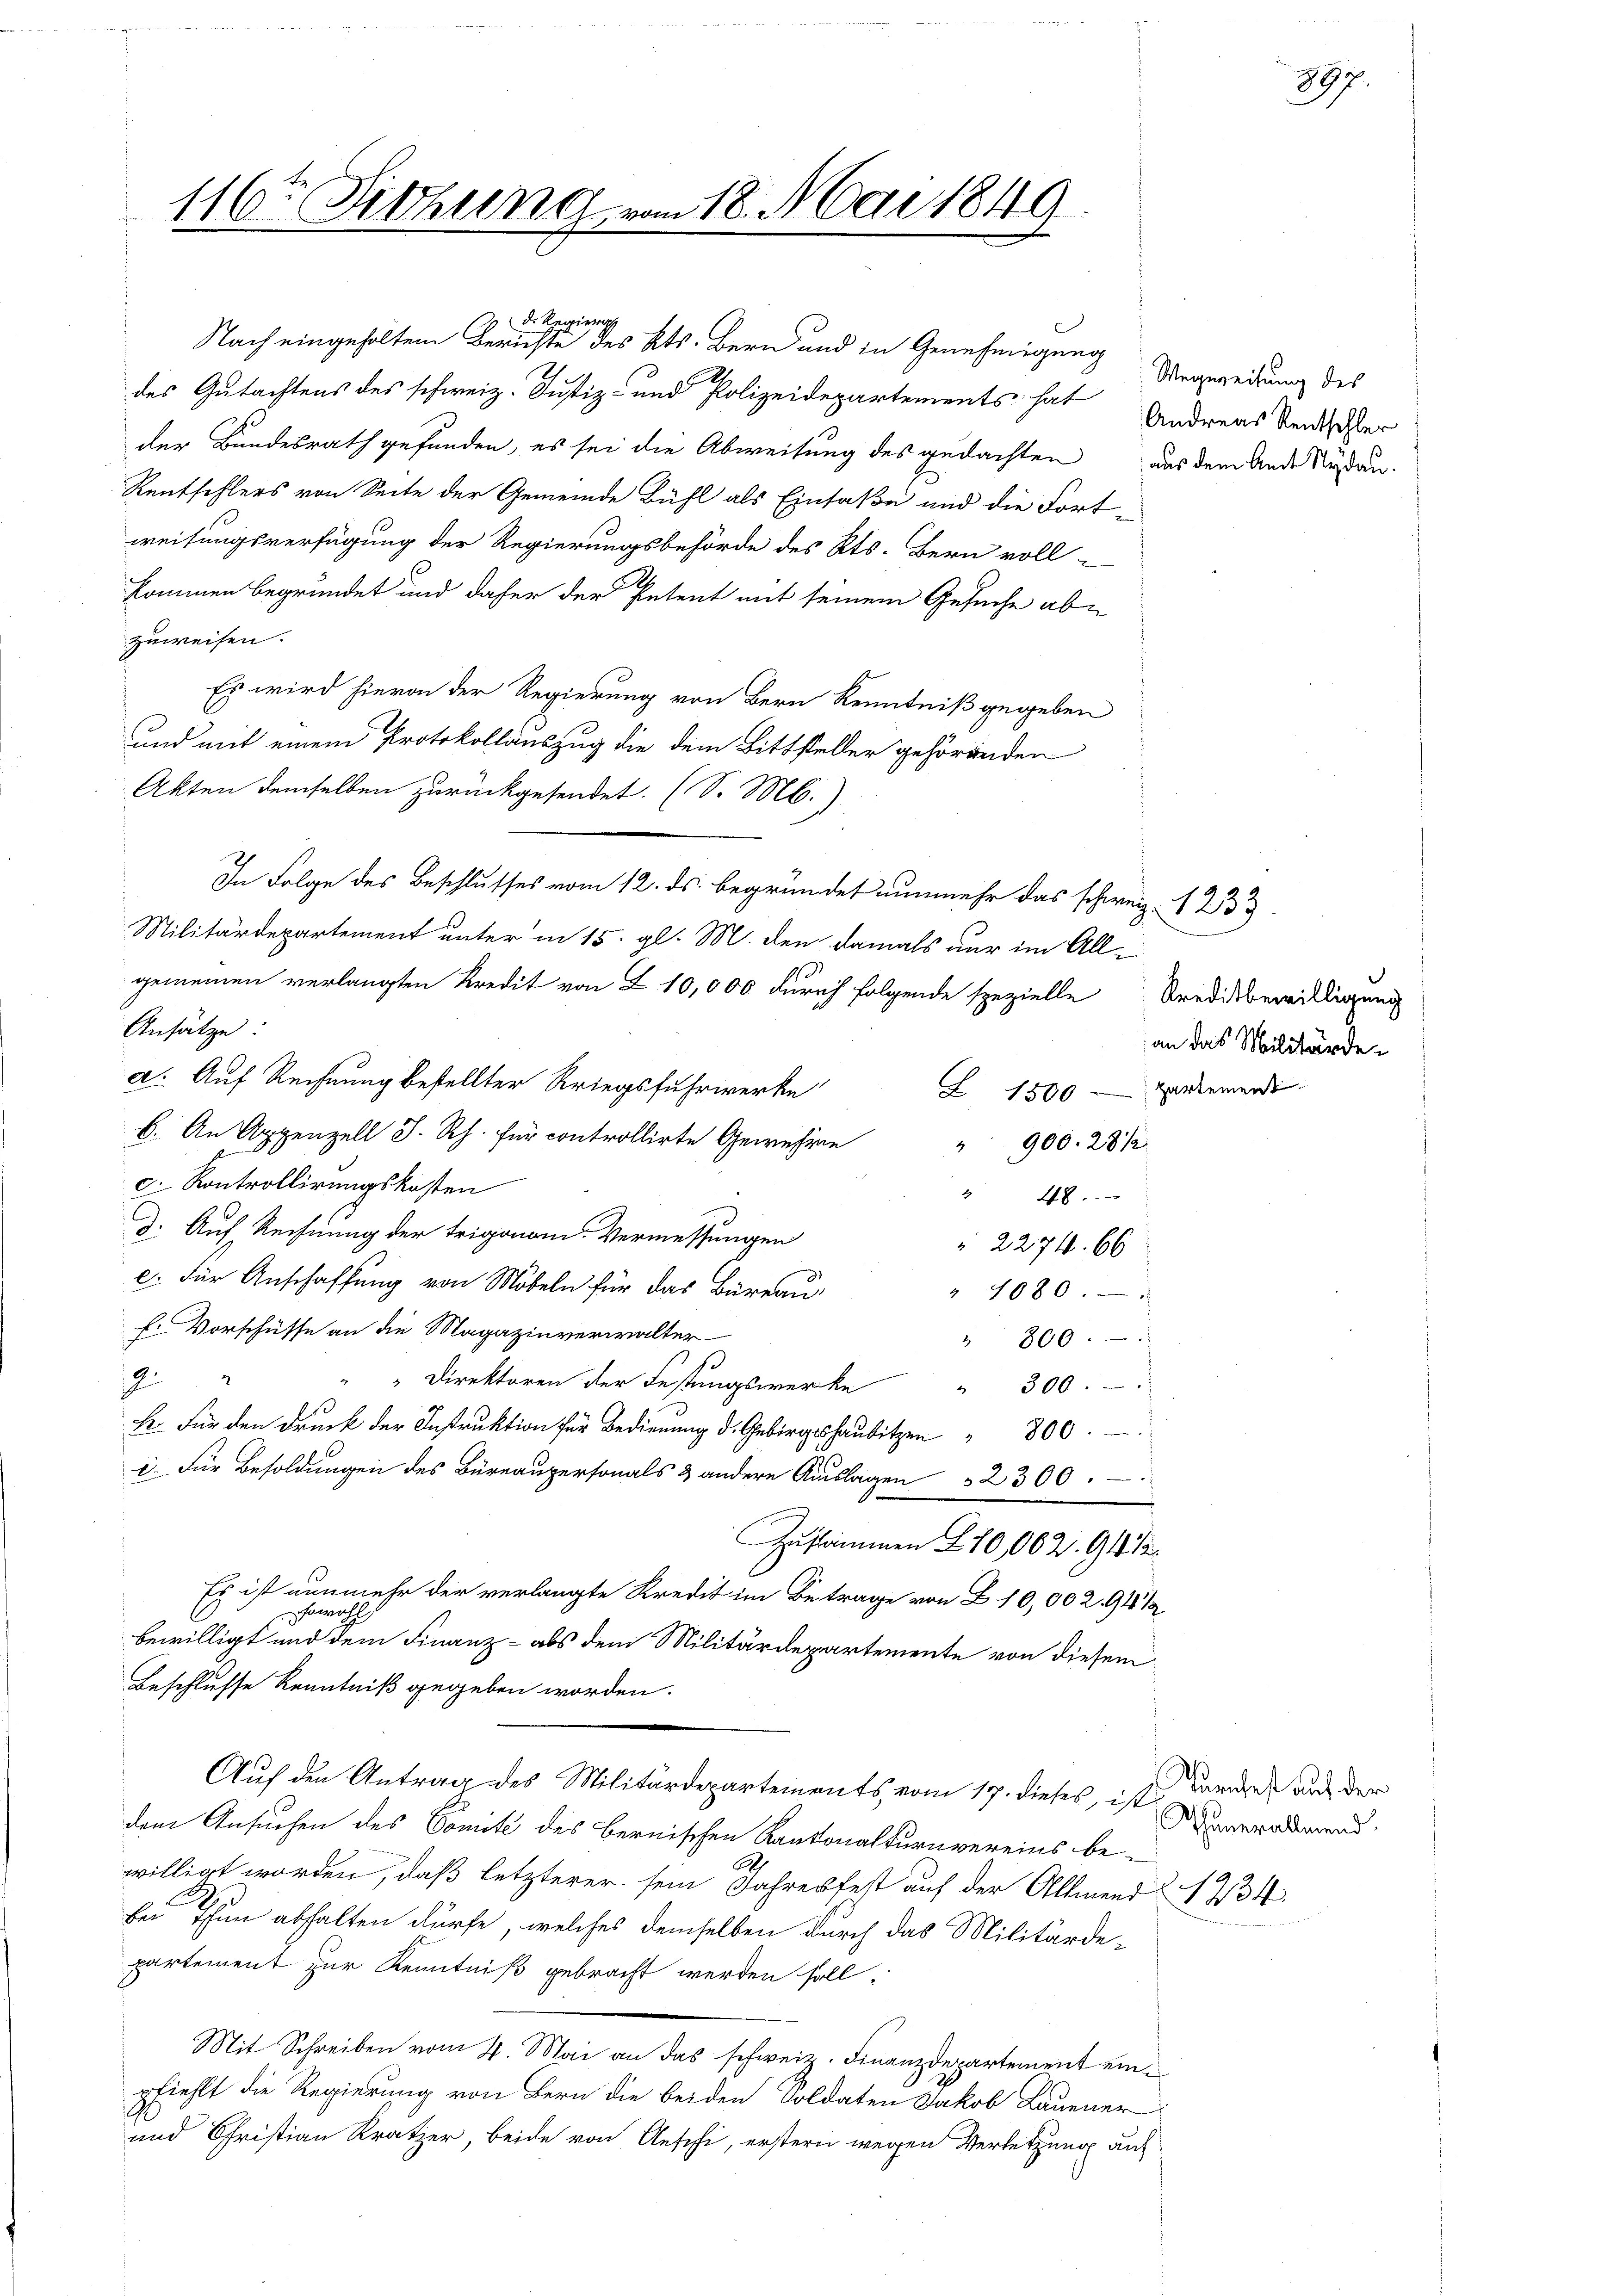
116r Sitzung vom 18. Mai 1849.

kommen begründet und daher der Petent mit seinem Gesuche abe
zuweisen.
Es wird hievon der Regierung von Bern Kenntniß gegeben
und mit einem Protokollauszug die dem Bittsteller gehörenden
Akten demselben zurückgesendet. (S. M.)
In Folge des Beschlusses vom 12. ds. begründet nunmehr das schweiz. 1233
Militärdepartement unter in 15. gl. M. den damals nur im Allgemeinen verlangten Kredit von Z 10,000 durch folgende spezielle Kreditbewilligung
Ansätze
a. Auf Rechnung bestellter Kriegsfuhrwerke
6. An Appenzell I.Rh. für controllirte Gewehre
900. 28/2
c. Kontrollirungskosten
" 48.
d. Auf Rechnung der trigonom. Vermessungen
 2274. 66
e. Für Anschaffung von Möbeln für das Büreau,
" 1080.
f. Vorschüsse an die Magazinverwalter
800.
.
2
Direktoren der Festungswerke
2
300.
.
. Für Besoldungen des Büreaupersonals & andere Auslagen 32300.
Zusammen 270,002. 94 12
Es ist nunmehr der verlangte Kredit im Betrage von Z. 10,002. 918 1/2
sowohl
bewilligt und dem Finanz- als dem Militärdepartemente von diesem
Beschlusse Kenntniß gegeben worden.
Auf den Antrag des Militärdepartements vom 17. dieses, ist daran auf der
dem Ansuchen des Comité des bernischen Kantonalturnvereins be-
willigt worden, daß letzterer sein Jahresfest auf der Allmend
bei Thun abhalten dürfe, welches demselben durch das Militärdepartement zur Kenntniß gebracht werden soll.
Mit Schreiben vom 4. Mai an das schweiz. Finanzdepartement einpfiehlt die Regierung von Bern die beiden Soldaten Jakob Lauener
und Christian Kratzer, beide von Aeschi, erstern wegen Verletzung auf

D. Regier
Nach eingeholten Berichte des Kts. Bern und in Genehmigung
des Gutachtens des schweiz. Justiz- und Polizeidepartements hat
der Bundesrath gefunden, es sei die Abweisung des gedachten aus dem Ander Susan-
Rentschlers von Seite der Gemeinde Bühl als Einfaße und die Fort-
weisungsverfügung der Regierungsbehörde des Kts. Bern voll-

Wegereitung des
Andreas Rentschler

1234

897.

an das Militärde
Z 1500 — Partemenst

Rhunerallmend.